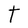
Character: T